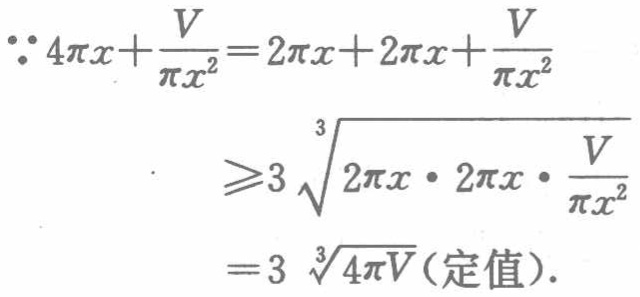
\[\begin{align*}
\because 4\pi x+\frac{V}{\pi x^{2}}&=2\pi x + 2\pi x+\frac{V}{\pi x^{2}}\\
&\geqslant3\sqrt[3]{2\pi x\cdot2\pi x\cdot\frac{V}{\pi x^{2}}}\\
&=3\sqrt[3]{4\pi V}(\text{定值}).
\end{align*}\]